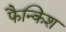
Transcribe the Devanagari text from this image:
फैन्किश